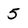
Character: 5